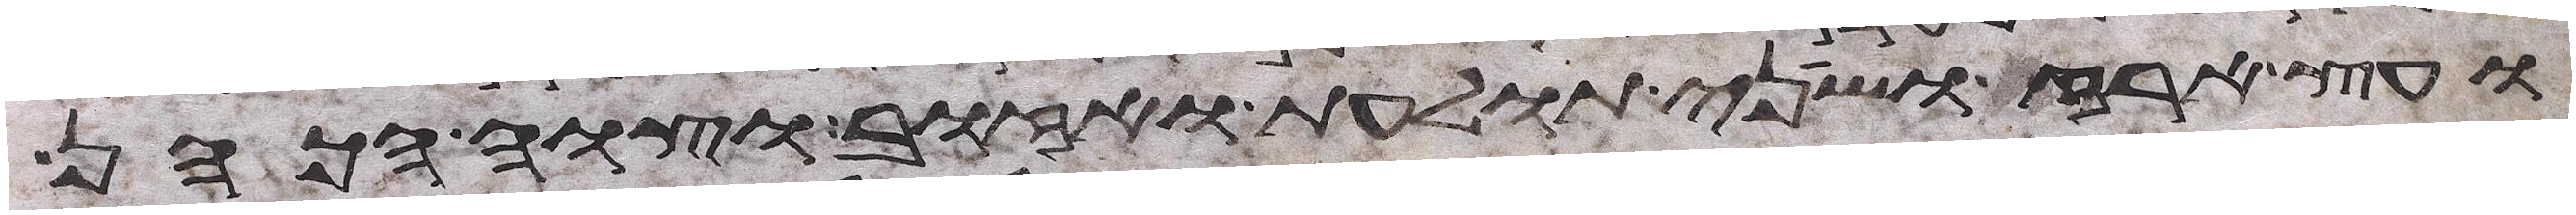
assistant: ועץ ארז ושני תולעת ואזוב וצוה הכהן